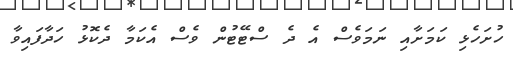
ހުށަހެޅި ކަމަށާއި ނަމަވެސް އެ ދެ ސްޓޭޓުން ވެސް އެކަމާ ދެކޮޅު ހަދާފައިވާ